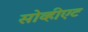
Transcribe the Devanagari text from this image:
सोव्हीएट